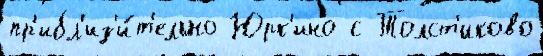
пр'ибл'из'и́т'ельно Юрк'ино с Толст'иково